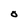
Character: O